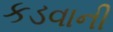
કડવાની